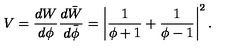
V = \frac { d W } { d \phi } \frac { d \bar { W } } { d \bar { \phi } } = \left| \frac { 1 } { \phi + 1 } + \frac { 1 } { \phi - 1 } \right| ^ { 2 } .